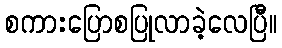
စကားပြောစပြုလာခဲ့လေပြီ။